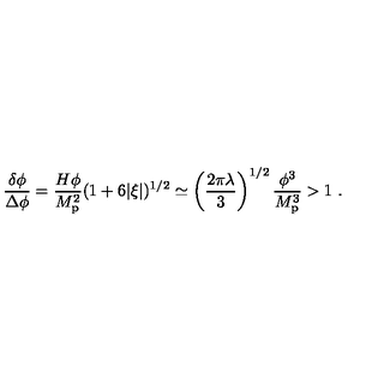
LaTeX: { \frac { \delta \phi } { \Delta \phi } } = { \frac { H \phi } { M _ { \mathrm { p } } ^ { 2 } } } ( 1 + 6 | \xi | ) ^ { 1 / 2 } \simeq \left( { \frac { 2 \pi \lambda } { 3 } } \right) ^ { 1 / 2 } { \frac { \phi ^ { 3 } } { M _ { \mathrm { p } } ^ { 3 } } } > 1 \ .